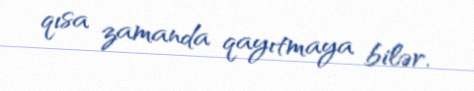
qısa zamanda qayıtmaya bilər.